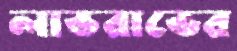
লাভরাভের